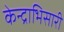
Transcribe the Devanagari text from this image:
केन्द्राभिसारी